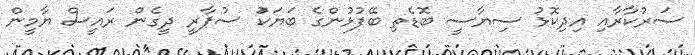
ސަރުކާރާއި އިދިކޮޅު ސިޔާސީ ބޮޑެތި ބޭފުޅުންގެ ބަޔަކަު ސުޕާރީ ދީގެން ރައީސް ޔާމީން